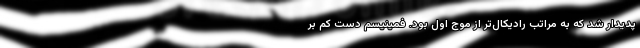
پدیدار شد که به مراتب رادیکال‌تر از موج اول بود. فمینیسم دست کم بر